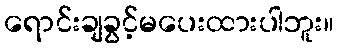
ရောင်းချခွင့်မပေးထားပါဘူး။